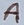
Text: A